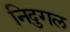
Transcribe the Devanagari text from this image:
निदुगल